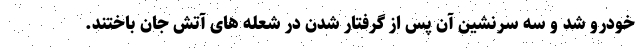
خودرو شد و سه سرنشین آن پس از گرفتار شدن در شعله های آتش جان باختند.